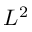
L ^ { 2 }